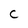
Character: C